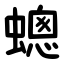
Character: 蟌